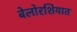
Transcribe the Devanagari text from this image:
बेलोरशियात